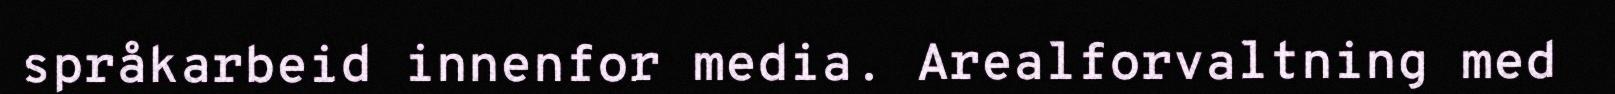
språkarbeid innenfor media. Arealforvaltning med